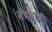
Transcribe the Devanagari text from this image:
मॅचसाठी